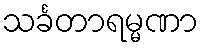
သင်္ခတာရမ္မဏာ